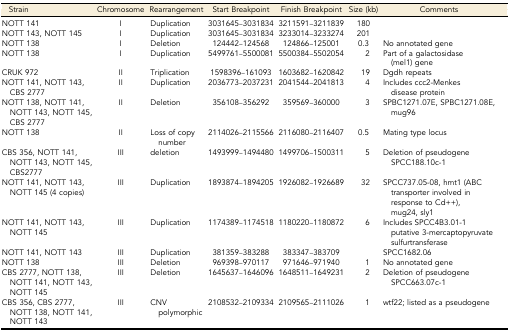
<table><thead><tr><td><b>Strain</b></td><td><b>Chromosome</b></td><td><b>Rearrangement</b></td><td><b>Start Breakpoint</b></td><td><b>Finish Breakpoint</b></td><td><b>Size (kb)</b></td><td><b>Comments</b></td></tr></thead><tbody><tr><td>NOTT 141</td><td>I</td><td>Duplication</td><td>3031645–3031834</td><td>3211591–3211839</td><td>180</td><td>[EMPTY_CELL]</td></tr><tr><td>NOTT 143, NOTT 145</td><td>I</td><td>Duplication</td><td>3031645–3031834</td><td>3233014–3233274</td><td>201</td><td>[EMPTY_CELL]</td></tr><tr><td>NOTT 138</td><td>I</td><td>Deletion</td><td>124442–124568</td><td>124866–125001</td><td>0.3</td><td>No annotated gene</td></tr><tr><td>NOTT 138</td><td>I</td><td>Duplication</td><td>5499761–5500081</td><td>5500384–5502054</td><td>2</td><td>Part of a galactosidase (mel1) gene</td></tr><tr><td>CRUK 972</td><td>II</td><td>Triplication</td><td>1598396–161093</td><td>1603682–1620842</td><td>19</td><td>Dgdh repeats</td></tr><tr><td>NOTT 141, NOTT 143, CBS 2777</td><td>II</td><td>Duplication</td><td>2036773–2037231</td><td>2041544–2041813</td><td>4</td><td>Includes ccc2-Menkes disease protein</td></tr><tr><td>NOTT 138, NOTT 141, NOTT 143, NOTT 145, CBS 2777</td><td>II</td><td>Deletion</td><td>356108–356292</td><td>359569–360000</td><td>3</td><td>SPBC1271.07E, SPBC1271.08E, mug96</td></tr><tr><td>NOTT 138</td><td>II</td><td>Loss of copy number</td><td>2114026–2115566</td><td>2116080–2116407</td><td>0.5</td><td>Mating type locus</td></tr><tr><td>CBS 356, NOTT 141, NOTT 143, NOTT 145, CBS2777</td><td>III</td><td>deletion</td><td>1493999–1494480</td><td>1499706–1500311</td><td>5</td><td>Deletion of pseudogene SPCC188.10c-1</td></tr><tr><td>NOTT 141, NOTT 143, NOTT 145 (4 copies)</td><td>III</td><td>Duplication</td><td>1893874–1894205</td><td>1926082–1926689</td><td>32</td><td>SPCC737.05-08, hmt1 (ABC transporter involved in response to Cd++), mug24, sly1</td></tr><tr><td>NOTT 141, NOTT 143, NOTT 145</td><td>III</td><td>Duplication</td><td>1174389–1174518</td><td>1180220–1180872</td><td>6</td><td>Includes SPCC4B3.01-1 putative 3-mercaptopyruvate sulfurtransferase</td></tr><tr><td>NOTT 141, NOTT 143</td><td>III</td><td>Duplication</td><td>381359–383288</td><td>383347–383709</td><td>[EMPTY_CELL]</td><td>SPCC1682.06</td></tr><tr><td>NOTT 138</td><td>III</td><td>Deletion</td><td>969398–970117</td><td>971646–971940</td><td>1</td><td>No annotated gene</td></tr><tr><td>CBS 2777, NOTT 138, NOTT 141, NOTT 143, NOTT 145</td><td>III</td><td>Deletion</td><td>1645637–1646096</td><td>1648511–1649231</td><td>2</td><td>Deletion of pseudogene SPCC663.07c-1</td></tr><tr><td>CBS 356, CBS 2777, NOTT 138, NOTT 141, NOTT 143</td><td>III</td><td>CNV polymorphic</td><td>2108532–2109334</td><td>2109565–2111026</td><td>1</td><td>wtf22; listed as a pseudogene</td></tr></tbody></table>